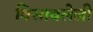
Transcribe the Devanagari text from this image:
विसावलेली